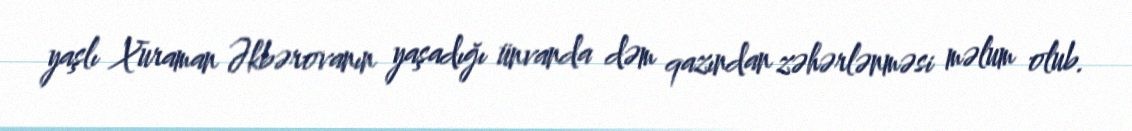
yaşlı Xuraman Əkbərovanın yaşadığı ünvanda dəm qazından zəhərlənməsi məlum olub.